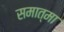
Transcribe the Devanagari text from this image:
समात्मा